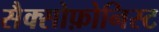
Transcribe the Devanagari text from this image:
सैक्सोफ़ोनिस्ट